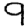
Digit: 9